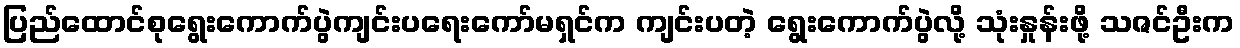
ပြည်ထောင်စုရွေးကောက်ပွဲကျင်းပရေးကော်မရှင်က ကျင်းပတဲ့ ရွေးကောက်ပွဲလို့ သုံးနှုန်းဖို့ သဇင်ဦးက